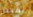
نفحص